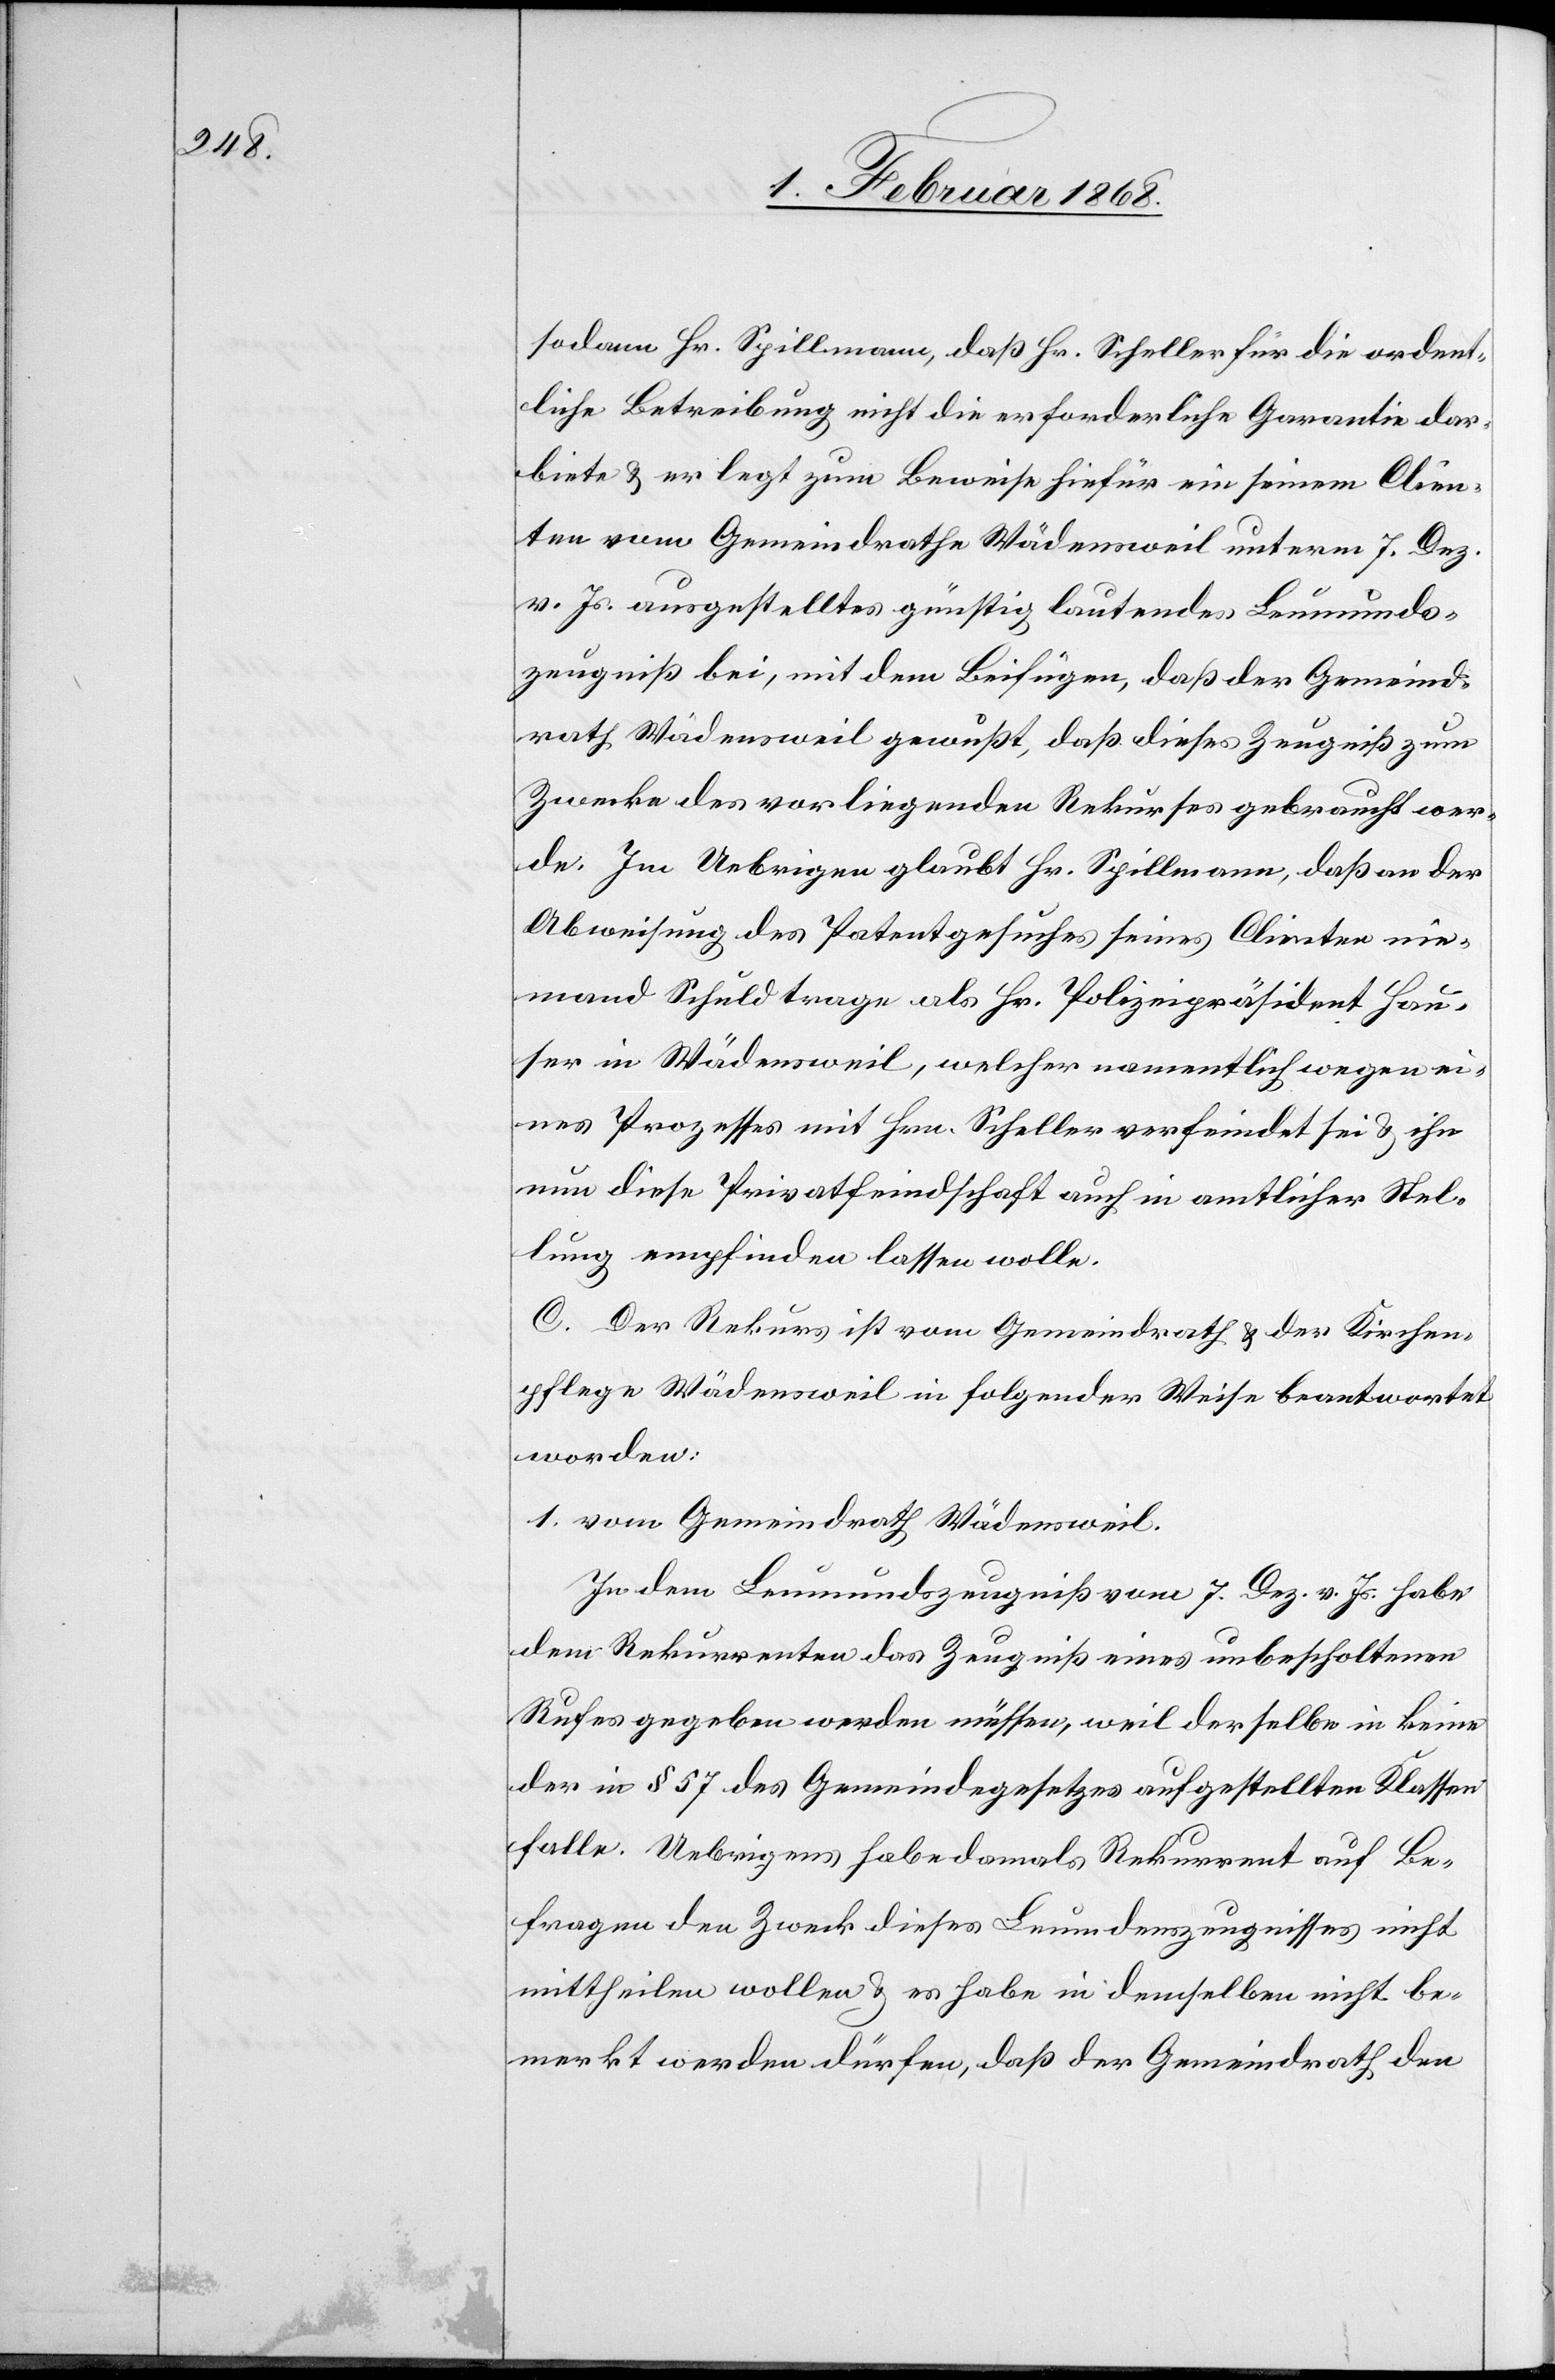
sodann Hr. Spillmann, daß Hr. Scheller für die ordent¬
liche Betreibung nicht die erforderliche Garantie dar¬
biete & er legt zum Beweise hiefür ein seinem Clien¬
ten vom Gemeindrathe Wädensweil unterm 7. Dez.
v. Js. ausgestelltes günstig lautendes Leumunds¬
zeugniß bei, mit dem Beifügen, daß der Gemeind¬
rath Wädensweil gewußt, daß dieses Zeugniß zum
Zwecke des vorliegenden Rekurses gebraucht wer¬
de. Im Uebrigen glaubt Hr. Spillmann, daß an der
Abweisung des Patentgesuches seines Clienten nie¬
mand Schuld trage als Hr. Polizeipräsident Hau¬
ser in Wädensweil, welcher namentlich wegen ei¬
nes Prozesses mit Hrn. Scheller verfeindet sei & ihn
nun diese Privatfeindschaft auch in amtlicher Stel¬
lung empfinden lassen wolle.
C. Der Rekurs ist vom Gemeindrath & der Kirchen¬
pflege Wädensweil in folgender Weise beantwortet
worden:
1. vom Gemeindrath Wädensweil.
In dem Leumundszeugniß vom 7. Dez. v. Js. habe
dem Rekurrenten das Zeugniß eines unbescholtenen
Rufes gegeben werden müssen, weil derselbe in keine
der in § 57 des Gemeindegesetzes aufgestellten Klassen
falle. Uebrigens habe damals Rekurrent auf Be¬
fragen den Zweck dieses Leumdenszeugnisses nicht
mittheilen wollen & es habe in demselben nicht be¬
merkt werden dürfen, daß der Gemeindrath den